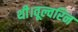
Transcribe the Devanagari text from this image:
थी।वूल्वरिन